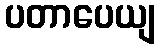
ပတာပေယျ